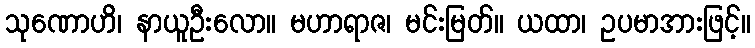
သုဏောဟိ၊ နာယူဦးလော။ မဟာရာဇ၊ မင်းမြတ်။ ယထာ၊ ဥပမာအားဖြင့်။